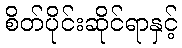
စိတ်ပိုင်းဆိုင်ရာနှင့်